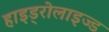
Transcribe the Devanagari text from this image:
हाइड्रोलाइज्ड